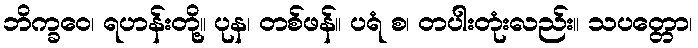
ဘိက္ခဝေ၊ ရဟန်းတို့။ ပုန၊ တစ်ဖန်။ ပရံ စ၊ တပါးတုံးလည်း။ သပတ္တော၊